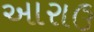
આરાઉ